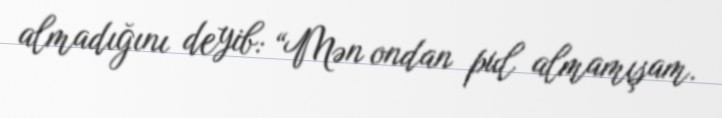
almadığını deyib: “Mən ondan pul almamışam.